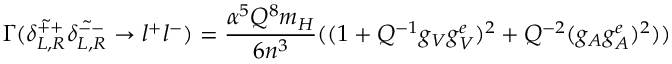
\Gamma ( \tilde { \delta _ { L , R } ^ { + + } } \tilde { \delta _ { L , R } ^ { -- } } \rightarrow l ^ { + } l ^ { - } ) = \frac { \alpha ^ { 5 } Q ^ { 8 } m _ { H } } { 6 n ^ { 3 } } ( ( 1 + Q ^ { - 1 } g _ { V } g _ { V } ^ { e } ) ^ { 2 } + Q ^ { - 2 } ( g _ { A } g _ { A } ^ { e } ) ^ { 2 } ) )